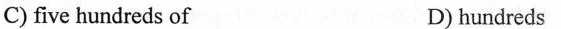
C) five hundreds of D) hundreds